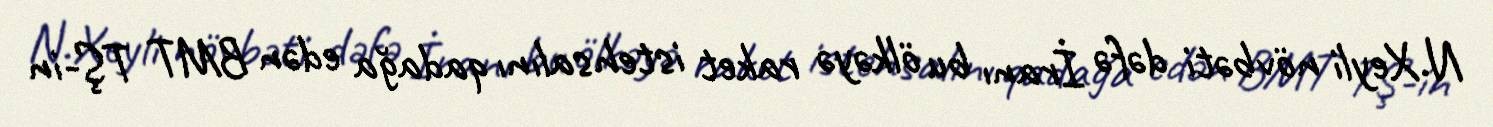
N.Xeyli növbəti dəfə İranı bu ölkəyə raket istehsalını qadağa edən BMT TŞ-in